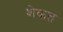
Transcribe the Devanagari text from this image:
शेकत